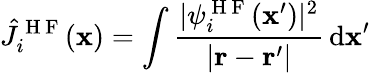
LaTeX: \hat{J}_{i}^{\mathrm{~H~F~}}(\mathbf{x})=\int\frac{|\psi_{i}^{\mathrm{~H~F~}}(\mathbf{x}^{\prime})|^{2}}{|\mathbf{r}-\mathbf{r}^{\prime}|}\, \mathrm{d}\mathbf{x}^{\prime}